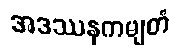
အဒဿနကမျတံ